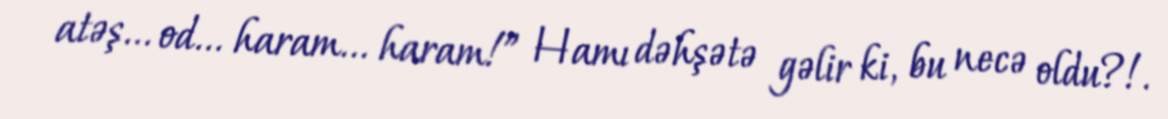
atəş... od... haram... haram!” Hamı dəhşətə gəlir ki, bu necə oldu?!.